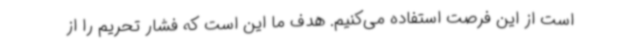
است از این فرصت استفاده می‌کنیم. هدف ما این است که فشار تحریم را از